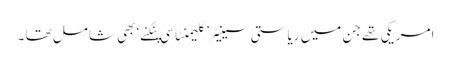
امریکی تھے جن میں ریاستی سینیٹر’ کلیمنٹا سی پنکنے‘ بھی شامل تھا ۔